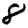
Digit: 8